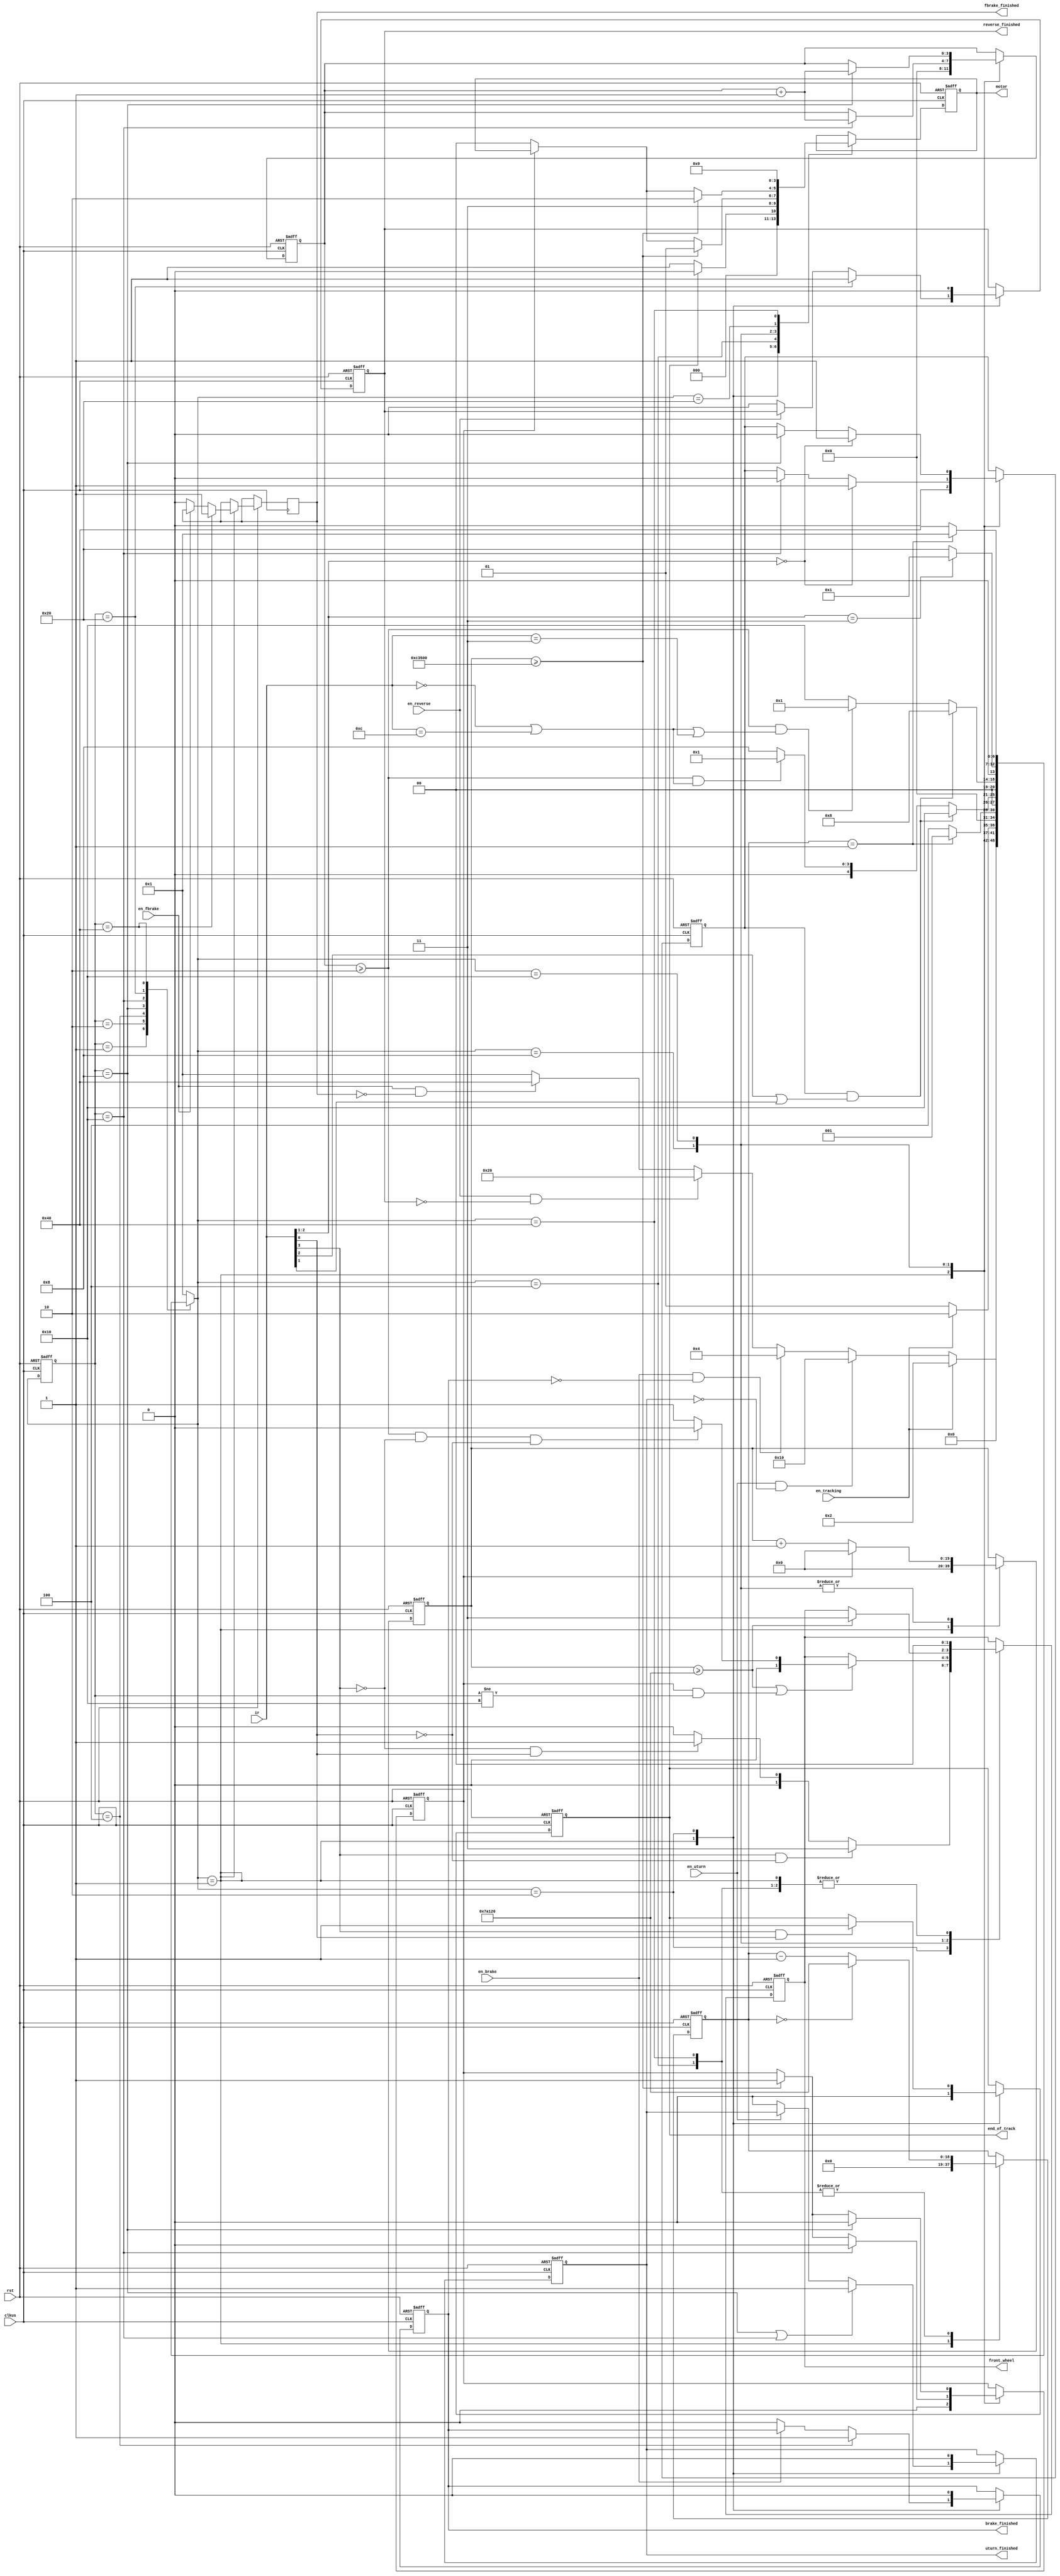
// tracking and u-turn logic
module Trackuturn (
    // global reset
    input rst,
    // clock
    input clkus,
    // binary signals of 4 infrared sensors
    input [3:0] ir,
    // enable signal from Core
    input en_tracking, en_uturn, en_brake, en_reverse, en_fbrake,
    // front wheel direction to Servo
    // 000 straight  001 left small  011 left big  101 right small  111 right big
    output reg [1:0] front_wheel,
    // motor speed to Motor
    // 00 stop  01 forward  10 backward  11 brake
    output reg [1:0] motor,
    // end of track to Core
    output reg end_of_track,
    // u-turn finished to Core
    output reg uturn_finished,

    output reg brake_finished, reverse_finished, fbrake_finished
);

    // fsm states
    parameter   STOP        = 7'b0000001,
                TRACK       = 7'b0000010, // tracking
                BRAKE       = 7'b0000100,
                FORWARD     = 7'b0001000, // going forward during u-turn
                BACKWARD    = 7'b0010000, // going backward during u-turn
                REVERSE     = 7'b0100000,
                FBRAKE      = 7'b1000000;

    // current state, next state
    reg [6:0] cstate, nstate;

    // interpretation of signal from infrared sensors
    parameter WHITE = 1'b0, BLACK = 1'b1;

    // front wheel direction
    parameter   STRAIGHT    = 2'b00,
                LEFT        = 2'b01,
                RIGHT       = 2'b11;

    // motor speed
    parameter   MOTOR_STOP  = 2'b00,
                MOTOR_FOR   = 2'b01,
                MOTOR_BACK  = 2'b10,
                MOTOR_BRAKE = 2'b11;

    // delay before turning front wheels and before driving motor
    parameter   TURN_DELAY  = 500000, // 0.5s
                DRIVE_DELAY = 800000; // + 0.3s
    
    reg [19:0] delay;
    // for testing
    // parameter   TURN_DELAY  = 5,
    //             DRIVE_DELAY = 8;
    // reg [3:0] delay;
    reg delayed;

    parameter BRAKE_TIME = 500000; // 0.5s
    reg [18:0] brake_cnt;

    reg double_white;

    reg [3:0] turn_cnt;

    // change state
    always @(posedge clkus or negedge rst)
        if (!rst)
            cstate <= STOP;
        else
            cstate <= nstate;

    // state changing rules
    always @(*)
        case (cstate)
            STOP:
                if (en_tracking)
                    nstate = TRACK;
                else if (en_uturn && !uturn_finished)
                    nstate = BACKWARD;
                else if (en_brake && !brake_finished)
                    nstate = BRAKE;
                else if (en_reverse && !reverse_finished)
                    nstate = REVERSE;
                else if (en_fbrake && !fbrake_finished)
                    nstate = FBRAKE;
                else
                    nstate = STOP;
            TRACK:
                if (!en_tracking)
                    nstate = STOP;
                else
                    nstate = TRACK;
            BRAKE:
                if (brake_cnt == 1)
                    nstate = STOP;
                else
                    nstate = BRAKE;
            FORWARD:
                if (double_white && (ir[2] == BLACK || ir[1] == BLACK))
                    nstate = BACKWARD;
                else if (turn_cnt >= 2 && (ir == {WHITE, WHITE, WHITE, WHITE} || ir == {BLACK, BLACK, WHITE, WHITE}))
                    nstate = STOP;
                else
                    nstate = FORWARD;
            BACKWARD:
                if (double_white && (ir[2] == BLACK || ir[1] == BLACK))
                    nstate = FORWARD;
                else if (turn_cnt >= 2 && (ir == {WHITE, WHITE, WHITE, WHITE} || ir == {BLACK, BLACK, WHITE, WHITE} || ir == {WHITE, WHITE, BLACK, BLACK}))
                    nstate = STOP;
                else
                    nstate = BACKWARD;
            REVERSE:
                if (ir[2:1] == {BLACK, BLACK})
                    nstate = STOP;
                else
                    nstate = REVERSE;
            FBRAKE:
                if (brake_cnt == 1)
                    nstate = STOP;
                else
                    nstate = FBRAKE;
            default:
                nstate = STOP;
        endcase

    // front_wheel, motor, end_of_track, uturn_finished, brake_finished, reverse_finished,
    // brake_cnt, delay, delayed, double_white
    always @(posedge clkus or negedge rst)
        if (!rst) begin
            front_wheel <= STRAIGHT;
            motor <= MOTOR_STOP;
            end_of_track <= 0;
            uturn_finished <= 0;
            brake_finished <= 0;
            reverse_finished <= 0;
            delay <= 0;
            delayed <= 0;
            brake_cnt <= 0;
            turn_cnt <= 0;
            double_white <= 0;
        end
        else
            case (nstate)
                STOP: begin
                    front_wheel <= STRAIGHT;
                    motor <= MOTOR_STOP;
                    end_of_track <= 0;
                    if (cstate == FORWARD || cstate == BACKWARD)
                        uturn_finished <= 1;
                    else if (!en_uturn)
                        uturn_finished <= 0;
                    if (cstate == BRAKE)
                        brake_finished <= 1;
                    else if (!en_brake)
                        brake_finished <= 0;
                    if (cstate == REVERSE)
                        reverse_finished <= 1;
                    else if (!en_reverse)
                        reverse_finished <= 0;
                    if (cstate == FBRAKE)
                        fbrake_finished <= 1;
                    else if (!en_fbrake)
                        fbrake_finished <= 0;
                    delay <= 0;
                    delayed <= 0;
                    brake_cnt <= 0;
                    turn_cnt <= 0;
                    double_white <= 0;
                end
                TRACK: begin
                    if (ir[3] == BLACK && ir[0] == WHITE)
                        front_wheel <= RIGHT;
                    else if (ir[3] == WHITE && ir[0] == BLACK)
                        front_wheel <= LEFT;
                    else
                        front_wheel <= STRAIGHT;
                    if (end_of_track)
                        motor <= MOTOR_STOP;
                    else
                        motor <= MOTOR_FOR;
                    if (ir[3] == BLACK && ir[0] == BLACK)
                        end_of_track <= 1;
                    uturn_finished <= 0;
                    brake_finished <= 0;
                    reverse_finished <= 0;
                end
                BRAKE: begin
                    front_wheel <= STRAIGHT;
                    motor <= MOTOR_BRAKE;
                    if (brake_cnt == 0)
                        brake_cnt <= BRAKE_TIME;
                    else
                        brake_cnt <= brake_cnt - 1;
                end
                FORWARD: begin
                    if (delay >= TURN_DELAY || delayed && cstate != BACKWARD)
                        if (turn_cnt >= 2 && ir[3] == WHITE && ir[0] == WHITE)
                            front_wheel <= STRAIGHT;
                        else
                            front_wheel <= LEFT;
                    if (delay >= DRIVE_DELAY)
                        motor <= MOTOR_FOR;
                    else if (!delayed)
                        motor <= MOTOR_STOP;
                    if (cstate == BACKWARD) begin
                        double_white <= 0;
                        turn_cnt <= turn_cnt + 1;
                    end
                    if (ir[2:1] == {WHITE, WHITE})
                        double_white <= 1;
                    if (delayed)
                        delay <= 0;
                    else
                        delay <= delay + 1;
                    if (cstate == BACKWARD)
                        delayed <= 0;
                    else if (delay >= DRIVE_DELAY)
                        delayed <= 1;
                end
                BACKWARD: begin
                    if (delay >= TURN_DELAY)
                        front_wheel <= RIGHT;
                    if (delay >= DRIVE_DELAY)
                        motor <= MOTOR_BACK;
                    else if (!delayed)
                        motor <= MOTOR_STOP;
                    if (cstate == FORWARD) begin
                        double_white <= 0;
                        turn_cnt <= turn_cnt + 1;
                    end
                    if (ir[2:1] == {WHITE, WHITE})
                        double_white <= 1;
                    if (delayed)
                        delay <= 0;
                    else
                        delay <= delay + 1;
                    if (cstate == FORWARD)
                        delayed <= 0;
                    else if (delay >= DRIVE_DELAY)
                        delayed <= 1;
                end
                REVERSE: begin
                    front_wheel <= STRAIGHT;
                    motor <= MOTOR_BACK;
                end
                FBRAKE: begin
                    front_wheel <= STRAIGHT;
                    motor <= MOTOR_FOR;
                    if (brake_cnt == 0)
                        brake_cnt <= BRAKE_TIME;
                    else
                        brake_cnt <= brake_cnt - 1;
                end
            endcase
endmodule